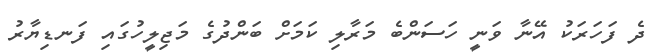
ދެ ފަހަރަކު އޭނާ ވަނީ ހަސަންބެ މަރާލި ކަމަށް ބަންދުގެ މަޖިލީހުގައި ފަނޑިޔާރު